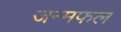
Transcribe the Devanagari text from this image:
जन्मफल